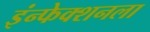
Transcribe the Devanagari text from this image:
इंन्फेक्शनला